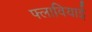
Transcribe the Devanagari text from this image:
फ्लावियाई